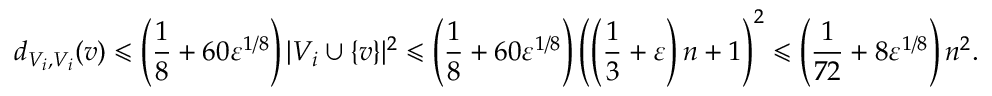
d _ { V _ { i } , V _ { i } } ( v ) \leqslant \left( \frac { 1 } { 8 } + 6 0 \varepsilon ^ { 1 / 8 } \right) | V _ { i } \cup \{ v \} | ^ { 2 } \leqslant \left( \frac { 1 } { 8 } + 6 0 \varepsilon ^ { 1 / 8 } \right) \left( \left( \frac { 1 } { 3 } + \varepsilon \right) n + 1 \right) ^ { 2 } \leqslant \left( \frac { 1 } { 7 2 } + 8 \varepsilon ^ { 1 / 8 } \right) n ^ { 2 } .